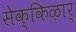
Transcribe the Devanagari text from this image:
सेक्किऴार्